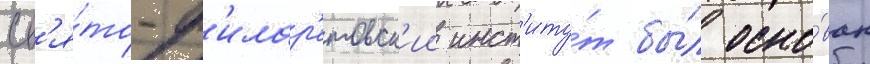
Св'я́то-ф'илар'етовск'ии инст'иту́т бы́л осно́ван